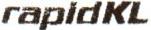
RAPIDKL